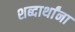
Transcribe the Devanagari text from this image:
शब्दार्थांना